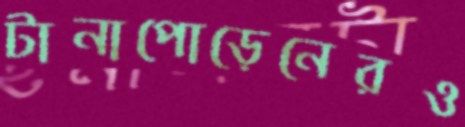
টানাপোড়েনেরও